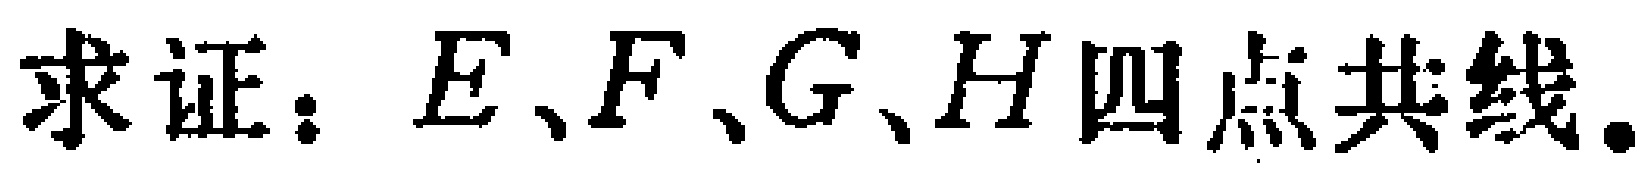
求证：\(E、F、G、H\)四点共线。